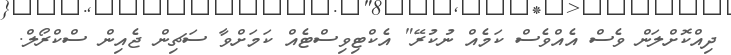
ދިއްކޮށްލަން ވެސް އެއްވެސް ކަމެއް ނުކުރޭ" އެކްޓިވިސްޓެއް ކަމަށްވާ ސަޗިން ޖެއިން ސްކްރޯލް.